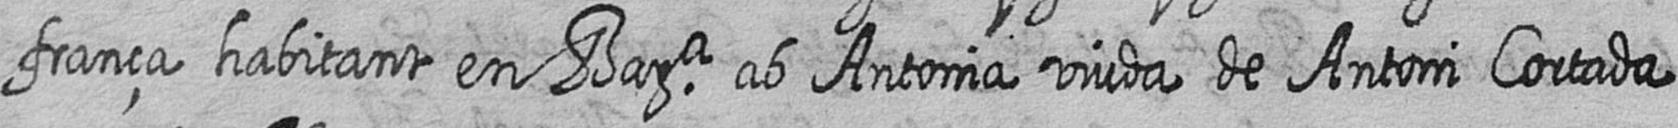
frança habitant en Bara ab Antonia viuda de Antoni Cortada